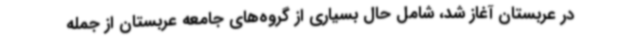
در عربستان آغاز شد، شامل حال بسیاری از گروه‌های جامعه عربستان از جمله